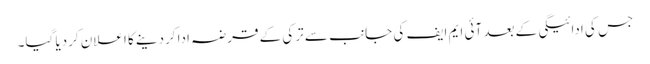
جس کی ادائیگی کے بعد آئی ایم ایف کی جانب سے ترکی کے قرضہ ادا کردینے کا اعلان کردیا گیا۔